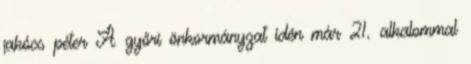
jakócs péter A győri önkormányzat idén már 21. alkalommal